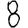
Digit: 8